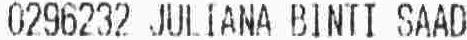
0296232 JULIANA BINTI SAAD